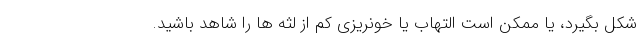
شکل بگیرد، یا ممکن است التهاب یا خونریزی کم از لثه ها را شاهد باشید.